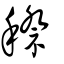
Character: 穄